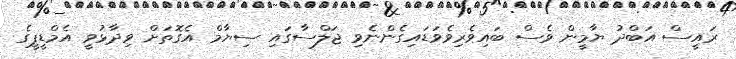
ރައީސް އަބްދު ޔާމީން ވެސް ބައިވެރިވެވަޑައިގެންނެވި ޖަލްސާގައި ސިޔާމް އެގޮތަށް ވިދާޅުވީ އެމްޑީޕީގެ